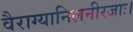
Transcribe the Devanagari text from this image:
वैराग्यानिलनीरजाः।